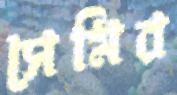
সেমির